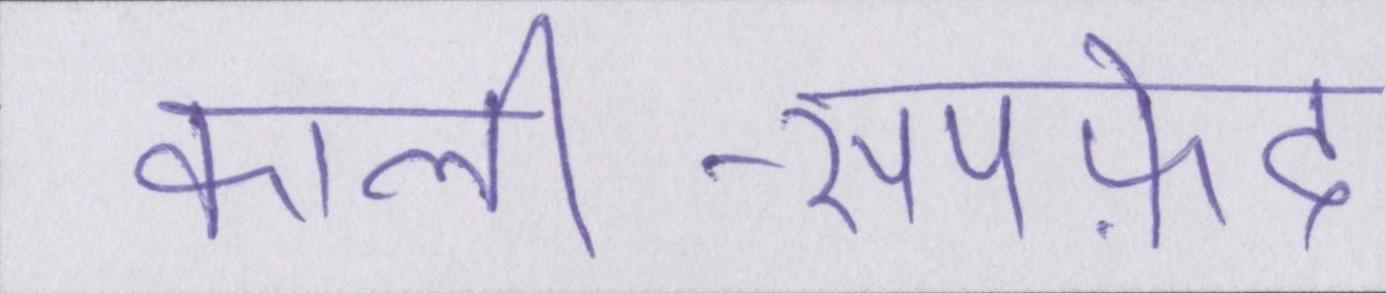
काली-सपफ़ेद